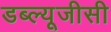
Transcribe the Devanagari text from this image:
डब्ल्यूजीसी